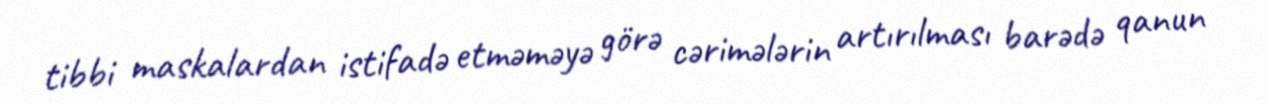
tibbi maskalardan istifadə etməməyə görə cərimələrin artırılması barədə qanun